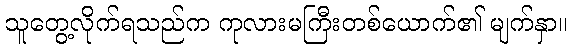
သူတွေ့လိုက်ရသည်က ကုလားမကြီးတစ်ယောက်၏ မျက်နှာ။